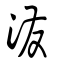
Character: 潑